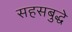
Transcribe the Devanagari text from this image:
सहसबुद्धे